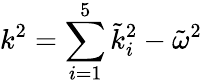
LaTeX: k^{2}=\sum_{i=1}^{5}\tilde{k}_{i}^{2}-\tilde{\omega}^{2}